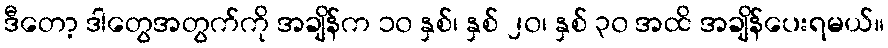
ဒီတော့ ဒါတွေအတွက်ကို အချိန်က ၁၀ နှစ်၊ နှစ် ၂၀၊ နှစ် ၃၀ အထိ အချိန်ပေးရမယ်။